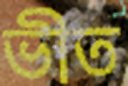
ভীত